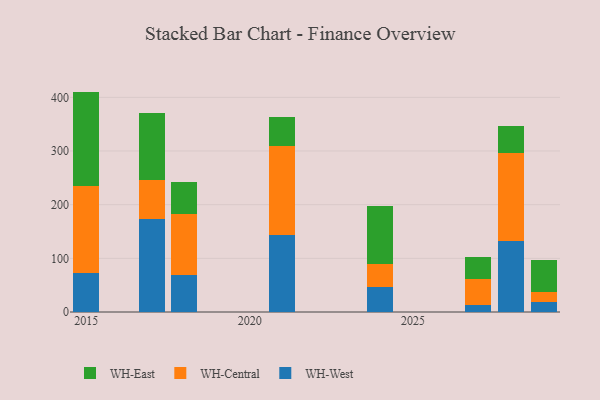
{"axis": {"x": "Year", "y": "Humidity (%)"}, "legend": ["WH-Central", "WH-East", "WH-West"], "data": [{"x": "2028", "y": 133.2, "type": "WH-West"}, {"x": "2028", "y": 163.0, "type": "WH-Central"}, {"x": "2028", "y": 51.2, "type": "WH-East"}, {"x": "2015", "y": 73.1, "type": "WH-West"}, {"x": "2015", "y": 161.1, "type": "WH-Central"}, {"x": "2015", "y": 176.5, "type": "WH-East"}, {"x": "2021", "y": 144.3, "type": "WH-West"}, {"x": "2021", "y": 165.7, "type": "WH-Central"}, {"x": "2021", "y": 53.8, "type": "WH-East"}, {"x": "2018", "y": 68.7, "type": "WH-West"}, {"x": "2018", "y": 114.1, "type": "WH-Central"}, {"x": "2018", "y": 60.3, "type": "WH-East"}, {"x": "2027", "y": 13.7, "type": "WH-West"}, {"x": "2027", "y": 48.7, "type": "WH-Central"}, {"x": "2027", "y": 39.9, "type": "WH-East"}, {"x": "2029", "y": 18.6, "type": "WH-West"}, {"x": "2029", "y": 19.2, "type": "WH-Central"}, {"x": "2029", "y": 59.3, "type": "WH-East"}, {"x": "2024", "y": 46.2, "type": "WH-West"}, {"x": "2024", "y": 42.7, "type": "WH-Central"}, {"x": "2024", "y": 108.6, "type": "WH-East"}, {"x": "2017", "y": 173.1, "type": "WH-West"}, {"x": "2017", "y": 73.3, "type": "WH-Central"}, {"x": "2017", "y": 123.7, "type": "WH-East"}]}